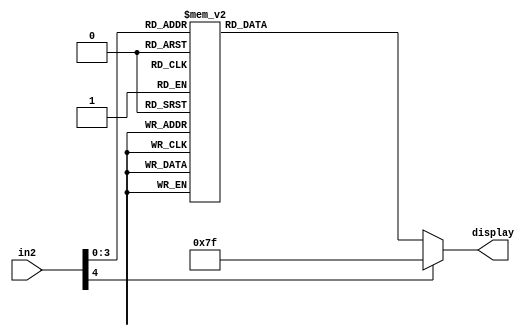
module sevensegment(in2, display);
	input [4:0]in2;
	output [6:0]display;
	reg [6:0]display;
	
always@(*) begin
    case(in2)
    0 : display = 7'b0000001;
    1 : display = 7'b1001111;
    2 : display = 7'b0010010;
    3 : display = 7'b0000110;
    4 : display = 7'b1001100;
    5 : display = 7'b0100100;
    6 : display = 7'b0100000;
    7 : display = 7'b0001111;
    8 : display = 7'b0000000;
    9 : display = 7'b0000100;
    default: display = 7'b1111111;
    endcase
end
endmodule